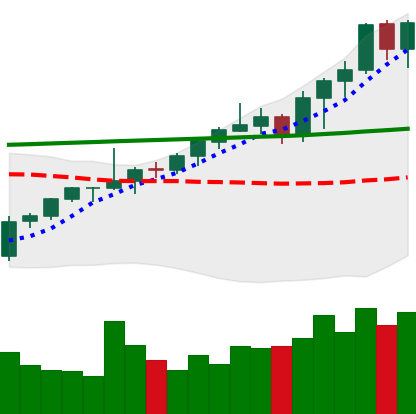
Ticker: ETH-USD
Chart end date: 2021-08-09
Forward return: 3.08%
Label: up_3_5